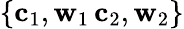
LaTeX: \{ \mathbf{c}_{1},\mathbf{w}_{1}\, \mathbf{c}_{2},\mathbf{w}_{2}\}